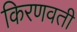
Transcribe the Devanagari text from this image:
किरणवती